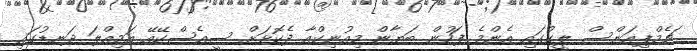
ޗެމްޕިއަންސް ލީގުގައި އެންމެ ފަހުން ބަޔާން މިއުނިކްއާ ދެކޮޅަށް ސީއެސްކޭއޭ އަމިއްލަ ދަނޑުގައި